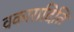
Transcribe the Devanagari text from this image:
वकारादिति